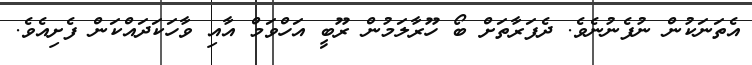
އެތަނަކުން ނުފެނުނެވެ. ދެފަރާތަށް ބޯ ހޫރާލަމުން ރޫބީ އަހްވަމް އާއި ވާހަކަދައްކަން ފެށިއެވެ.